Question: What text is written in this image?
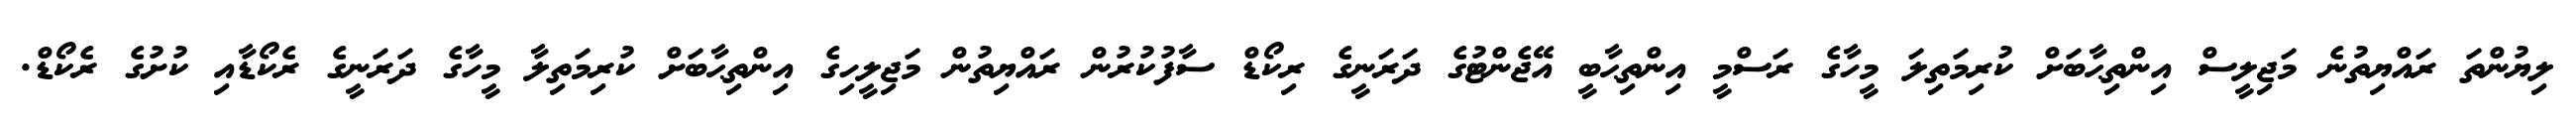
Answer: ލިޔުންތަ ރައްޔިތުނެ މަޖިލީސް އިންތިޙާބަށް ކުރިމަތިލަ މީހާގެ ރަސްމީ އިންތިޙާބީ އޭޖެންޓުގެ ދަރަނީގެ ރިކޯޑް ސާފުކުރުން ރައްޔިތުން މަޖިލީހިގެ އިންތިޙާބަށް ކުރިމަތިލާ މީހާގެ ދަރަނީގެ ރެކޯޑާއި ކުށުގެ ރެކޯޑް.